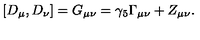
[ D _ { \mu } , D _ { \nu } ] = G _ { \mu \nu } = \gamma _ { 5 } \Gamma _ { \mu \nu } + Z _ { \mu \nu } .